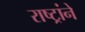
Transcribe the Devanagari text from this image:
राष्ट्रांने